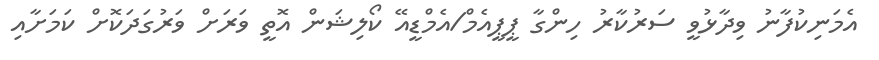
އެމަނިކުފާނު ވިދާޅުވީ ސަރުކާރު ހިންގާ ޕީޕީއެމް/އެމްޑީއޭ ކޯލިޝަން އޮތީ ވަރަށް ވަރުގަދަކޮށް ކަމަށާއި